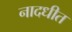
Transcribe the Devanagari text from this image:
नादधीत